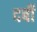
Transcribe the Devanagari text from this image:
दर्बी